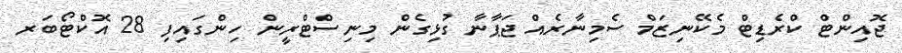
ޖޮއިންޓް ކްރެޑިޓް މެކޭނިޒަމް ސެމިނާރެއް ޖަޕާނާ ގުޅިގެން މިނިސްޓްރީން ހިންގައިފި 28 އޮކްޓޯބަރ